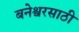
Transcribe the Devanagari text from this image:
बनेश्वरसाठी